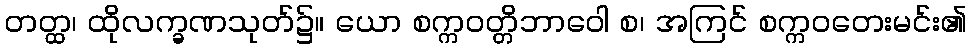
တတ္ထ၊ ထိုလက္ခဏသုတ်၌။ ယော စက္ကဝတ္တိဘာဝေါ စ၊ အကြင် စက္ကဝတေးမင်း၏